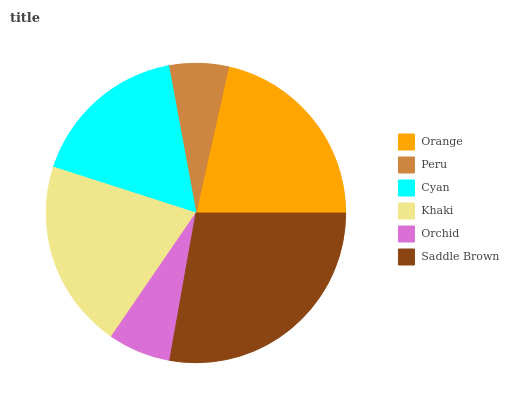
| Orange | Peru | Cyan | Khaki | Orchid | Saddle Brown |
 | --- | --- | --- | --- | --- | --- |
 | 21.5% | 6.41% | 17.2% | 20.4% | 6.76% | 27.8% |